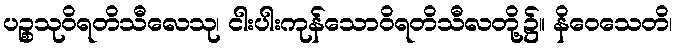
ပဉ္စသုဝိရတိသီလေသု၊ ငါးပါးကုန်သောဝိရတိသီလတို့၌။ နိဝေသေတိ၊